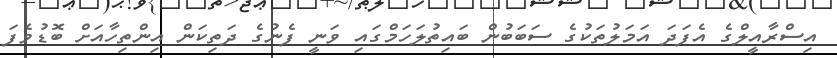
އިސްރާއީލްގެ އެފަދަ އަމަލުތަކުގެ ސަބަބުން ބައިތުލަހަމްގައި ވަނީ ފެނުގެ ދަތިކަން އިންތިހާއަށް ބޮޑުވެފަ